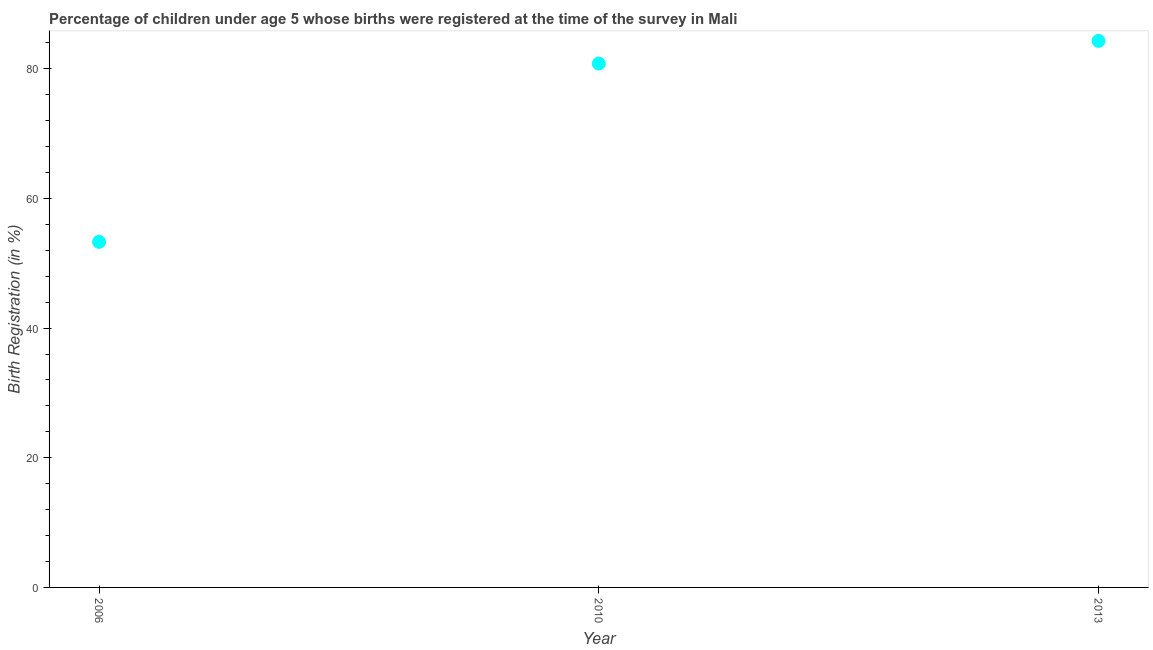
| Year | Birth registration |
 | --- | --- |
 | 2006 | 53.3 |
 | 2010 | 80.8 |
 | 2013 | 84.3 |